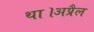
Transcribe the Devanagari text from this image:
था।अप्रैल